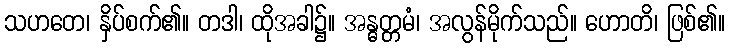
သဟတေ၊ နှိပ်စက်၏။ တဒါ၊ ထိုအခါ၌။ အန္ဓတ္တမံ၊ အလွန်မိုက်သည်။ ဟောတိ၊ ဖြစ်၏။